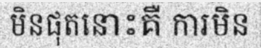
មិនផុតនោះគឺ ការមិន